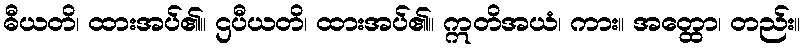
ဓီယတိ၊ ထားအပ်၏။ ဌပီယတိ၊ ထားအပ်၏။ ဣတိအယံ၊ ကား။ အတ္ထော၊ တည်း။